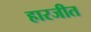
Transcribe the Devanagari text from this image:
हारजीत